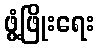
ဖွံ့ဖြိုးရေး